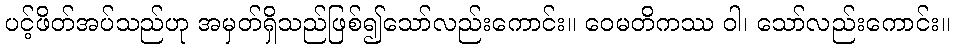
ပင့်ဖိတ်အပ်သည်ဟု အမှတ်ရှိသည်ဖြစ်၍သော်လည်းကောင်း။ ဝေမတိကဿ ဝါ၊ သော်လည်းကောင်း။